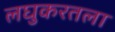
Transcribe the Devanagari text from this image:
लघुकरतला